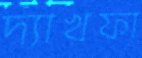
দ্যাখফা